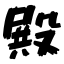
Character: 殿